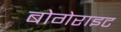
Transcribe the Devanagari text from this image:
बोगेराइट